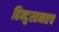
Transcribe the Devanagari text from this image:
हिन्दुस्तनतच